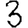
Digit: 3